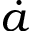
\dot { a }